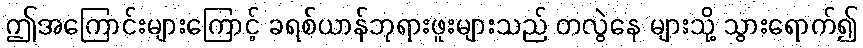
ဤအကြောင်းများကြောင့် ခရစ်ယာန်ဘုရားဖူးများသည် တလွဲနေ များသို့ သွားရောက်၍